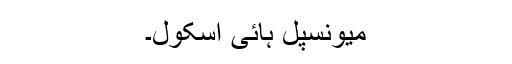
میونسپل ہائی اسکول۔